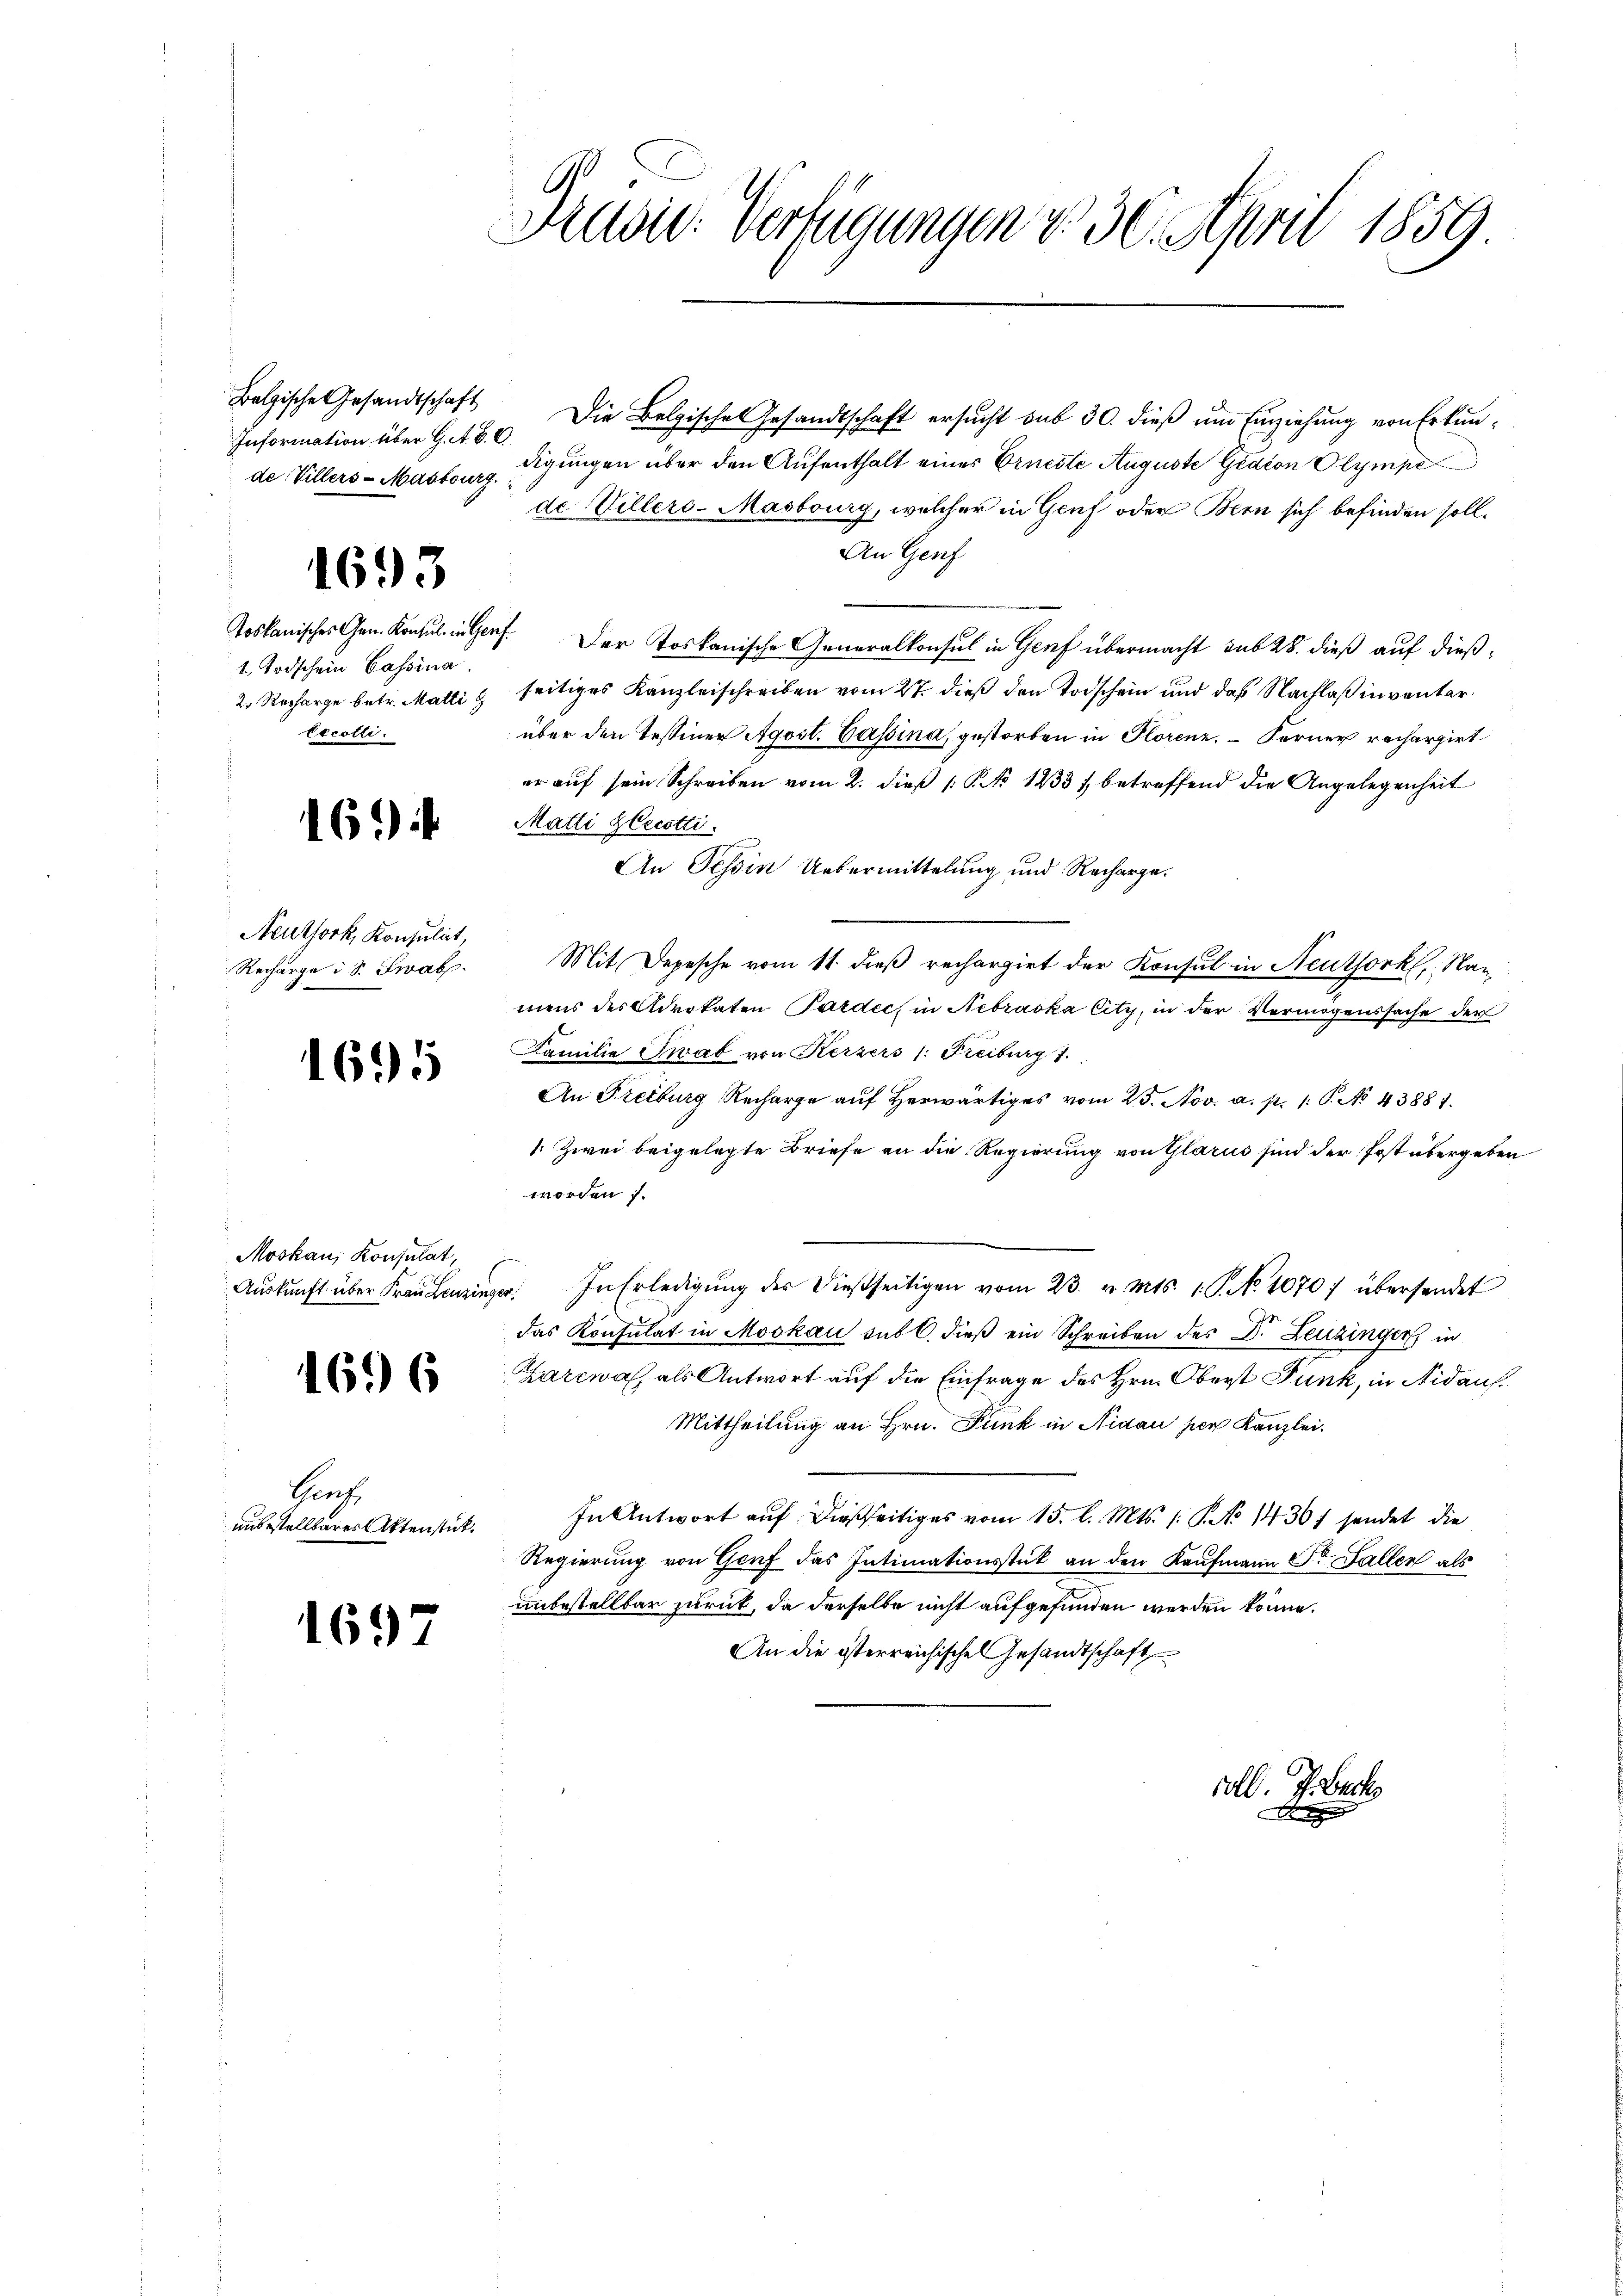
Belgische Gesandtschaft
de Villers-Masbourg.

1614

Neuthork, Konsulat,
Recharge i. S. Swab.

.

1693

Toskanisches Gen. Konsul in Gen¬
1. Todschein Cassina
2. Recharge betr. Matti
Excolli

695

Moskau, Konsulat,
Auskunft über Frau Leuzinz

1696

Grach
ausstellbarer Aktenstück.

1697

Brasid: Verfügungen v. 30. April 1859

Information über 18. Die Belgische Gesandtschaft ersucht sub 30. dieß um Einziehung von Erkundigungen über den Aufenthalt eines Erneste Auguste Gedion Olympe
de Villers-Masbourg, welcher in Genf oder Bern sich befinden soll.
An Genf
F. Der Toskanische Generalkonsul in Genf übermacht sub 28. dieß auf dießseitiges Kanzleischreiben vom 27. dieß den Todschein und das Nachlaß inventarüber den Tessiner Agost. Cassina, gestorben in Florenz. Ferner recherzirt
er auf sein Schreiben vom 2. dieß (: No 1233/ betreffend die Angelegenheit
Matti Zlecotti
An Tessin Uebermittelung und Recharge¬
Mit Depesche vom 11. dieß rechargirt der Konsul in Neuthork, Nanmens des Advokaten Pardéc, in Nebracka City, in der Vermögenssache der
Familie Ewab von Kerzers /: Freiburg 7.
An Freiburg Recharge aŭf herwärtiges vom 25. Nov. a. p. 1: P. No. 43881.
1. Zwei beigelegte Briefe an die Regierung von Glarus sind der Post übergeben
worden 7.
a. In Erledigŭng der dießseitigen vom 23. v. Mts. 1. P. N. 1070 übersendet
das Konsulat in Moskau sub 6. dieβ ein Schreiben des Dr. Leuzinger in
Zarewa, als Antwort auf die Einfrage des Hrn. Oberst Funk, in Nidauf.
Mittheilung an Hrn. Funk in Nidau per Kanzlei.
In Antwort auf dießseitiges vom 15. l. Mts. /: P. No 1436/ sendet die
Regierung von Genf das Intimationsstück an den Kaufmann Dr Faller als
unbestellbar zurück, da derselbe nicht aufgefunden werden könne.
An die österreichischen Gesandtschaft

soll. I. Beck

D